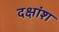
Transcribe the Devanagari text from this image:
दक्षांश